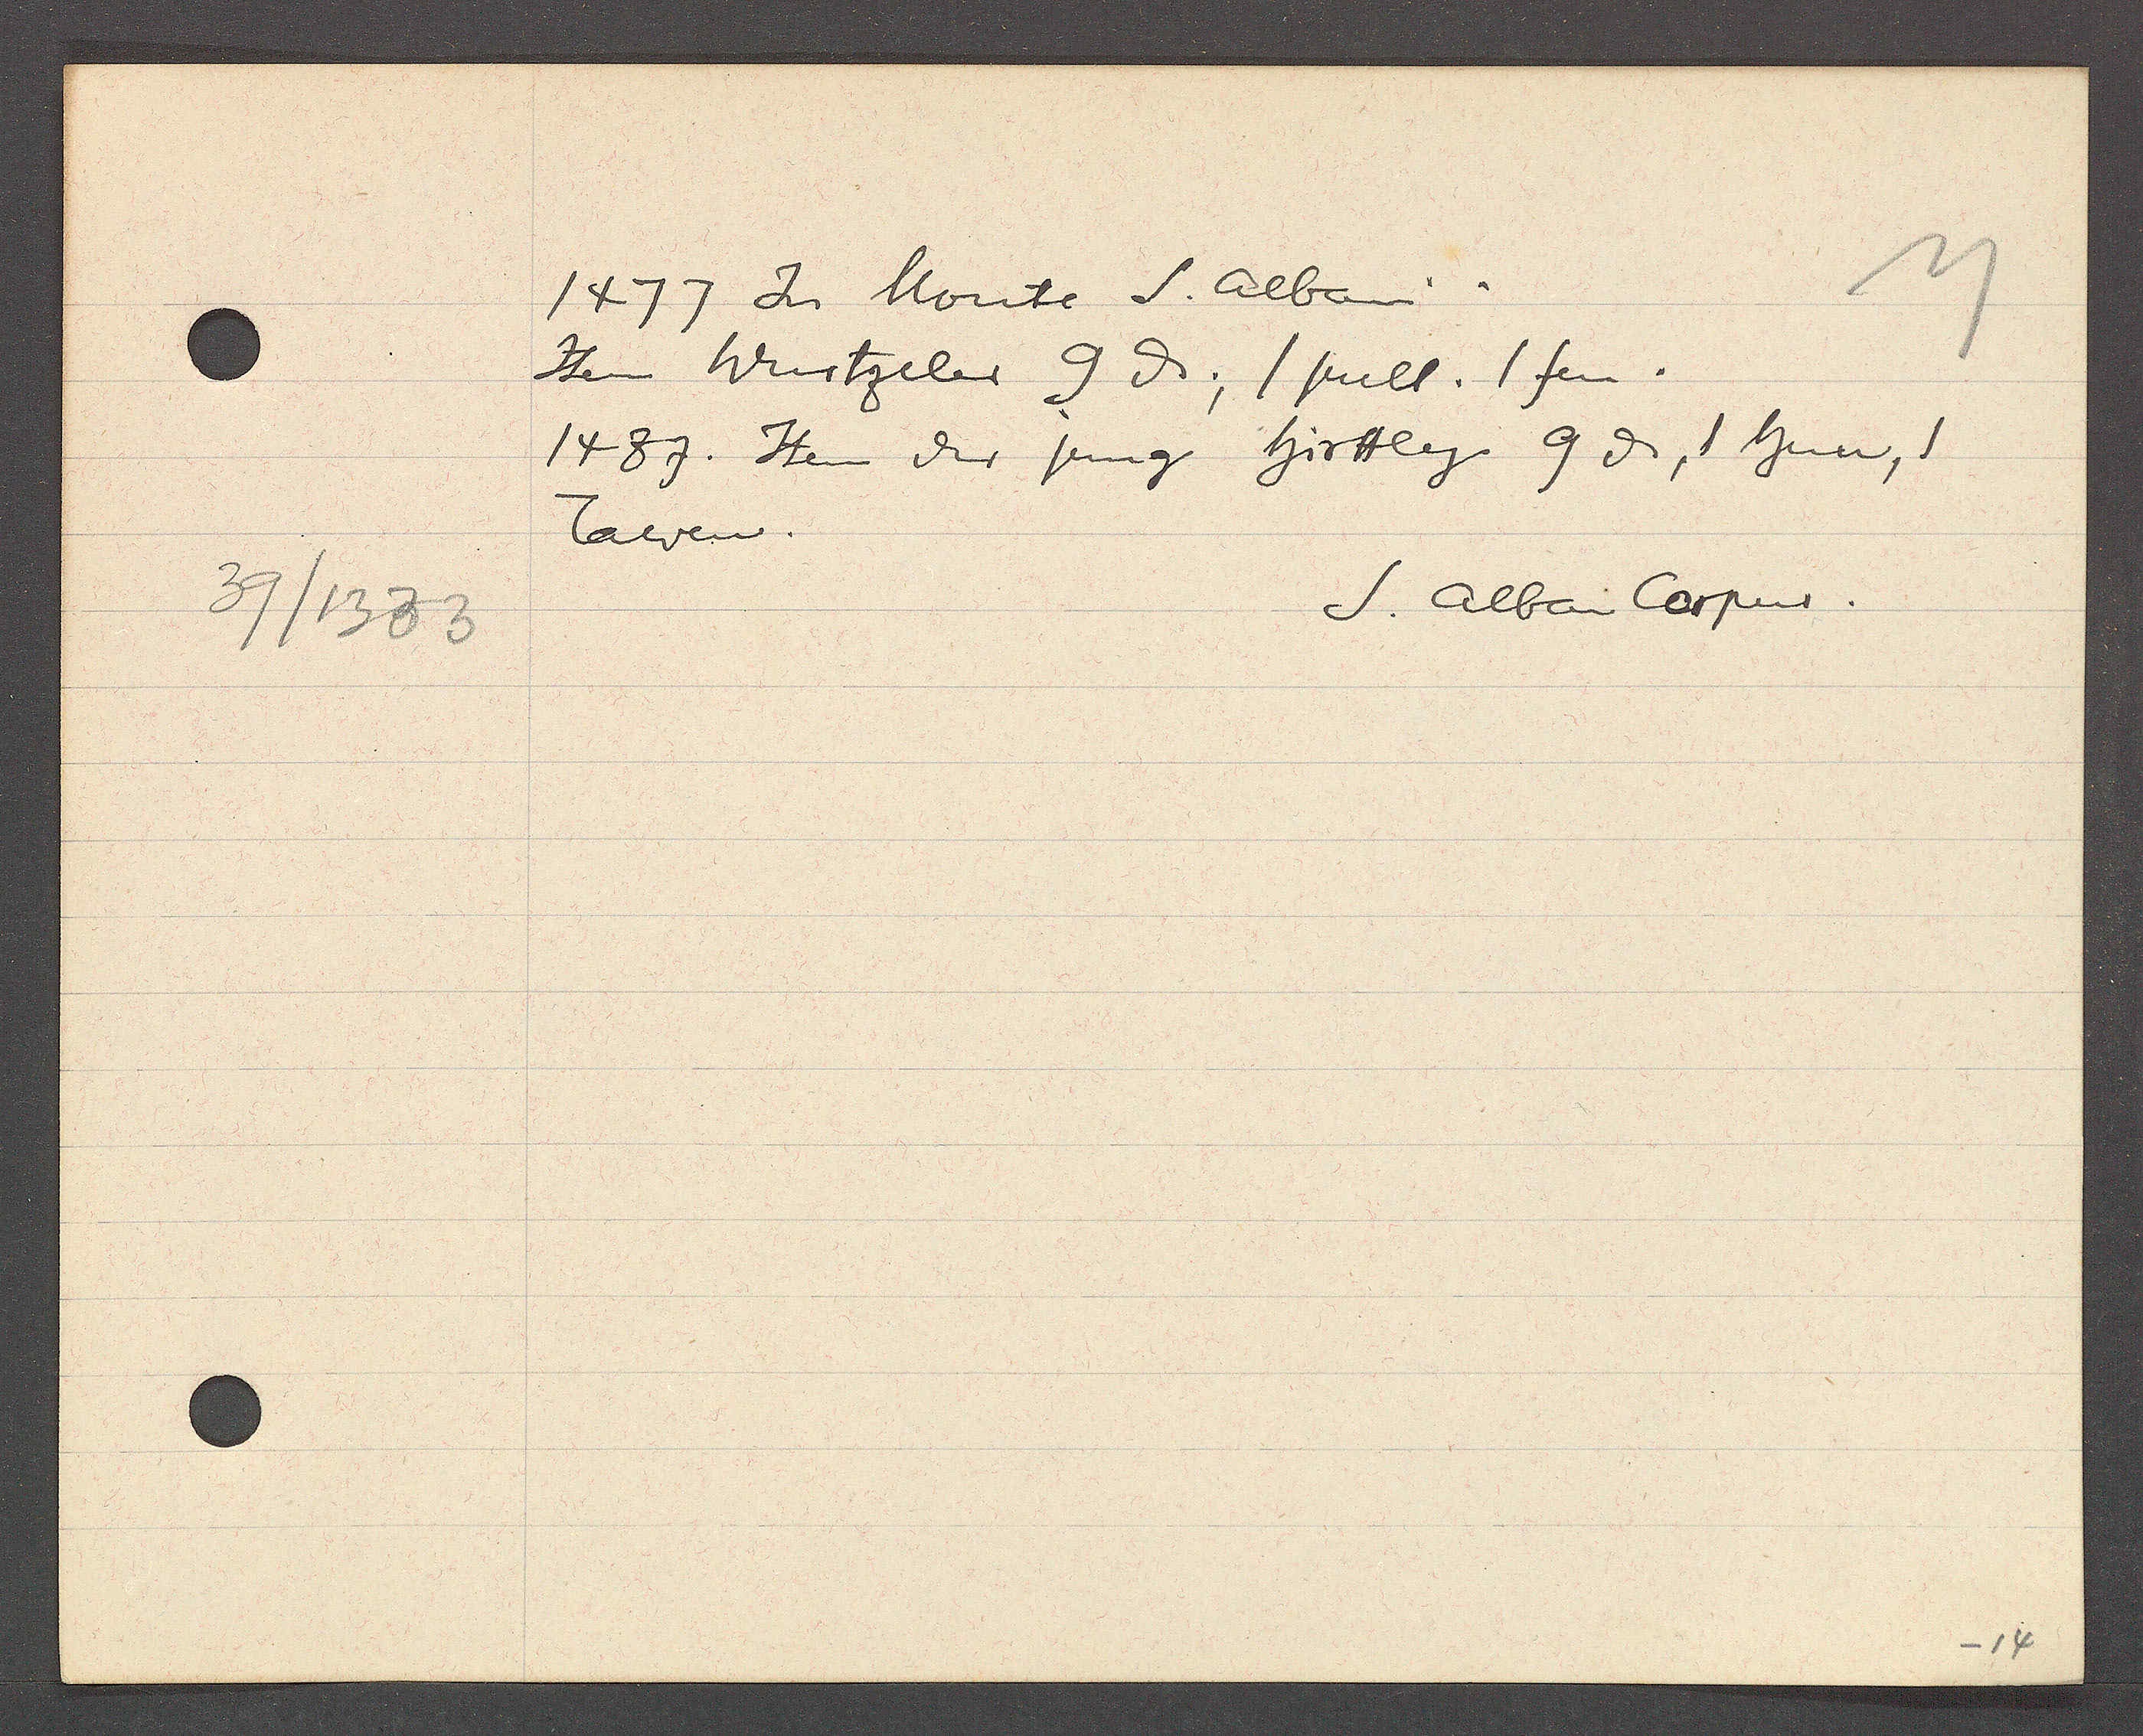
Transcript:
39/1383

1477Jn Monte S. Albani.

Item Wurtzeler 9 ȡ; 1 stull. 1 fen.
1487. Item der jung hirttly 9 ȡ, 1 hun, 1
Tawen.

S. Alban Corpus.